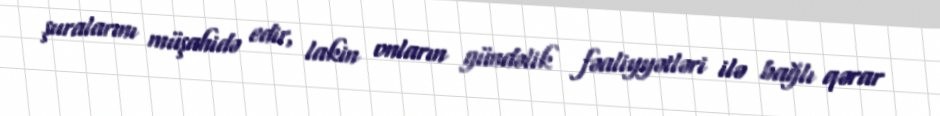
şuralarını müşahidə edir, lakin onların gündəlik fəaliyyətləri ilə bağlı qərar